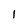
Character: I